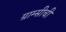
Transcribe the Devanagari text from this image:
ग्राम्सीची